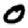
Digit: 0